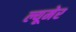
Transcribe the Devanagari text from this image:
ल्यूमेर